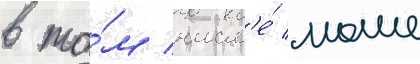
в то́м числ'е́ моше